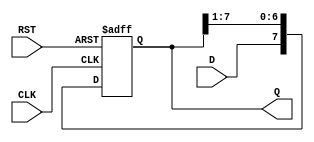
module ShiftRegister #(
    parameter N = 8  // Parameter to define the size of the shift register (default is 8 bits)
)(
    input wire D,           // Data input
    input wire CLK,         // Clock input
    input wire RST,         // Asynchronous reset
    output reg [N-1:0] Q    // Data output
);

    // Asynchronous reset and shifting logic
    always @(posedge CLK or posedge RST) begin
        if (RST) begin
            Q <= {N{1'b0}};  // Clear the register to zero
        end else begin
            Q <= {D, Q[N-1:1]};  // Shift right and insert new data at MSB
        end
    end

endmodule